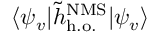
\langle \psi _ { v } | \tilde { h } _ { \mathrm { h . o . } } ^ { \mathrm { N M S } } | \psi _ { v } \rangle